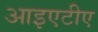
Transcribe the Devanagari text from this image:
आइएटीए